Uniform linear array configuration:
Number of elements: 24
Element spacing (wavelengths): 1
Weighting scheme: uniform
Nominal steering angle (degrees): -45
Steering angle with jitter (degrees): -43.145
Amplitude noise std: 0.05
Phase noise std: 0.05

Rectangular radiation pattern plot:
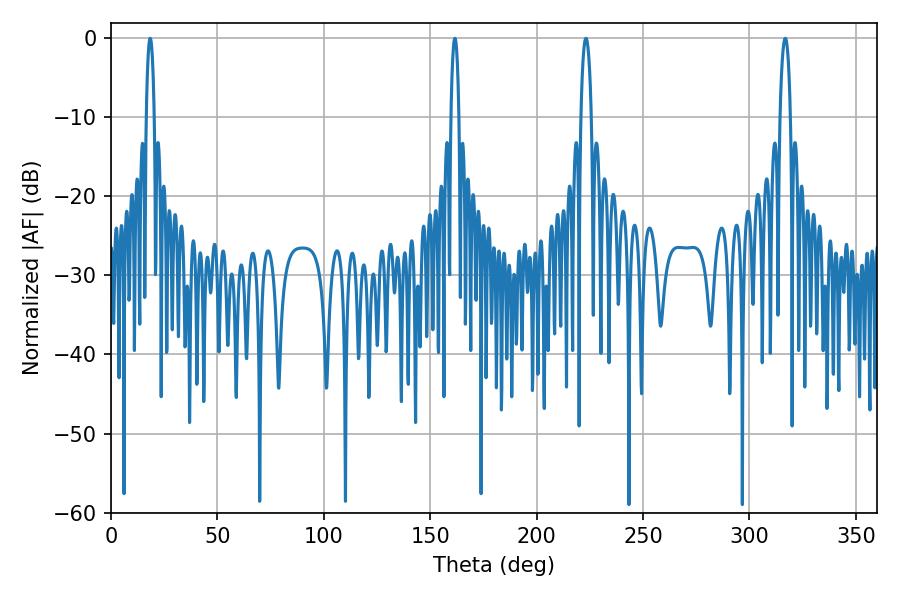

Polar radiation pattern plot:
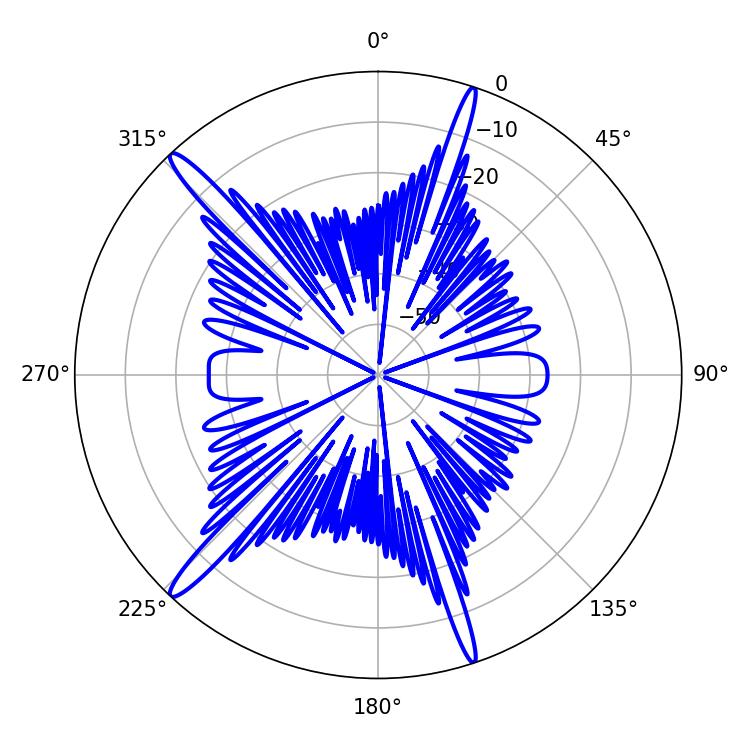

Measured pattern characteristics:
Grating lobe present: TRUE
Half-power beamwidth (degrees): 2.88
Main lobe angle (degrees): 316.8